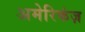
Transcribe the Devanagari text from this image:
अमेरिकंज़